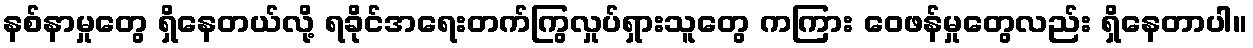
နစ်နာမှုတွေ ရှိနေတယ်လို့ ရခိုင်အရေးတက်ကြွလှုပ်ရှားသူတွေ ကကြား ဝေဖန်မှုတွေလည်း ရှိနေတာပါ။